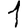
Digit: 1